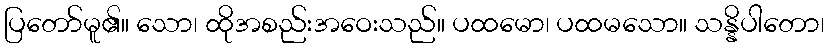
ပြတော်မူ၏။ သော၊ ထိုအစည်းအဝေးသည်။ ပထမော၊ ပထမသော။ သန္နိပါတော၊